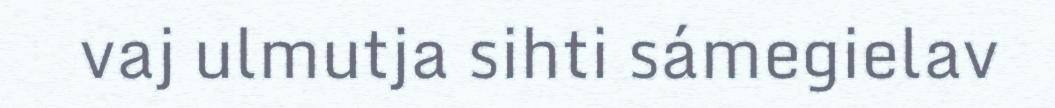
vaj ulmutja sihti sámegielav